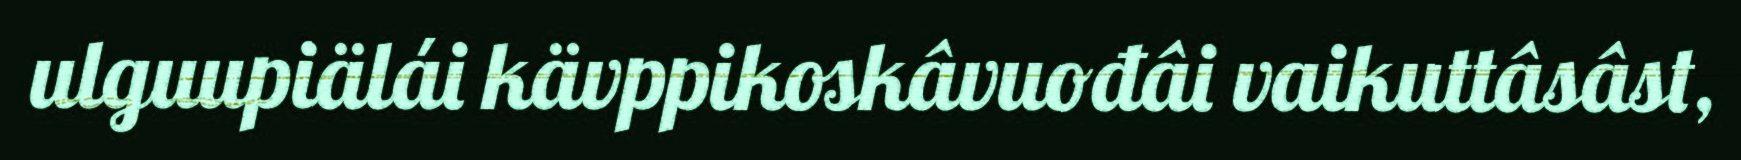
ulguupiälái kävppikoskâvuođâi vaikuttâsâst,